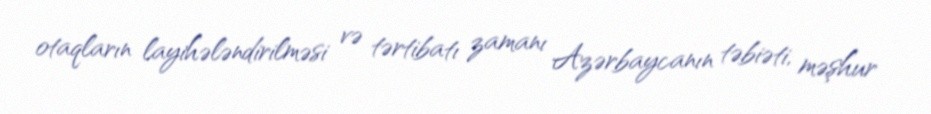
otaqların layihələndirilməsi və tərtibatı zamanı Azərbaycanın təbiəti, məşhur